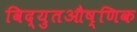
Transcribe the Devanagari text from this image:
विद्युतऔष्णिक